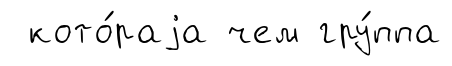
кото́раjа чем гру́ппа